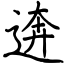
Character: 逩